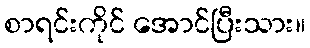
စာရင်းကိုင် အောင်ပြီးသား။